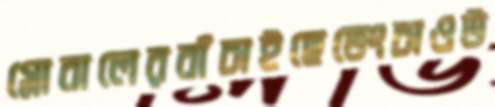
গ্লোবালেরবাঁচাইছেভেংচাওউ